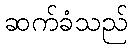
ဆက်ခံသည်